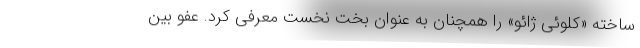
ساخته «کلوئی ژائو» را همچنان به عنوان بخت نخست معرفی کرد. عفو بین